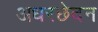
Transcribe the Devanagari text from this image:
अधरछेदन